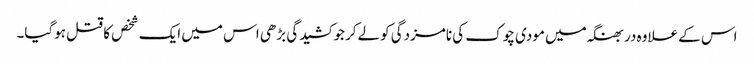
اس کے علاوہ دربھنگہ میں مودی چوک کی نامزدگی کولےکر جو کشیدگی بڑھی اس میں ایک شخص کا قتل ہوگیا۔